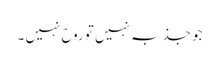
جو جذبہ نہیں تو روح نہیں ۔